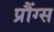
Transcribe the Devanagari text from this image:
प्रौंग्स